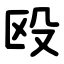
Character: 殴